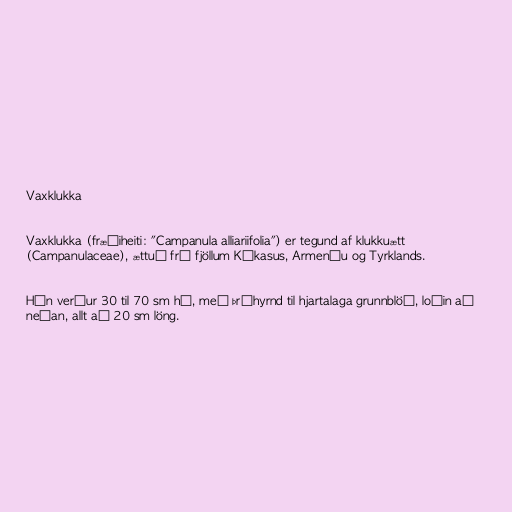
Vaxklukka

Vaxklukka (fræðiheiti: "Campanula alliariifolia") er tegund af klukkuætt
(Campanulaceae), ættuð frá fjöllum Kákasus, Armeníu og Tyrklands.

Hún verður 30 til 70 sm há, með þríhyrnd til hjartalaga grunnblöð, loðin að
neðan, allt að 20 sm löng.